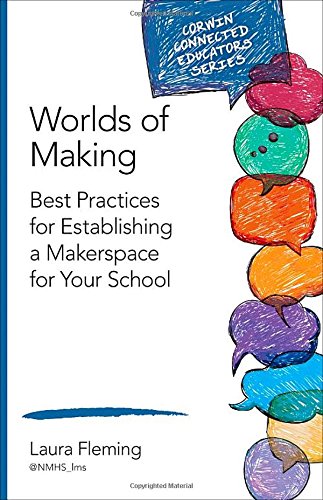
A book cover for Worlds of Making: Best Practices for Establishing a Makerspace for Your School (Corwin Connected Educators Series); Laura Fleming; Education & Teaching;